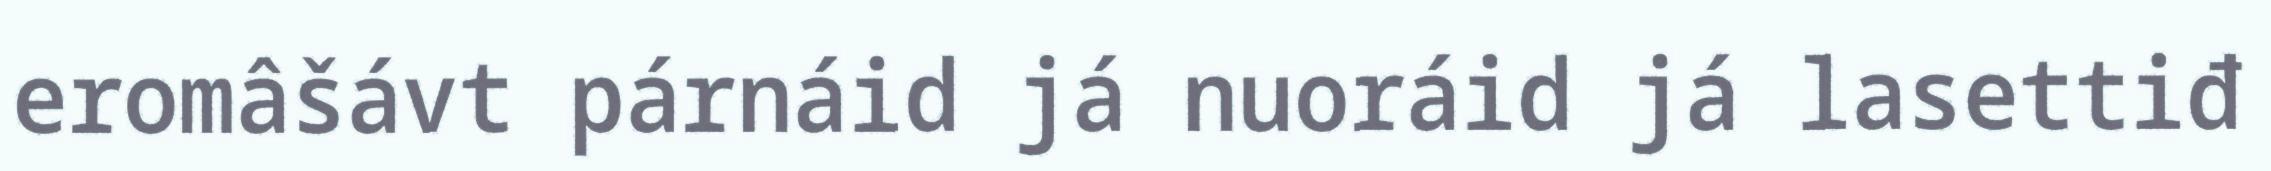
eromâšávt párnáid já nuoráid já lasettiđ